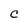
Character: C